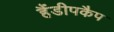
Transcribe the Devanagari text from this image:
हैंडीपकैप